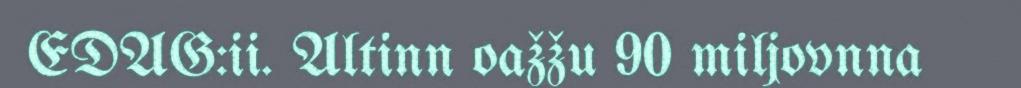
EDAG:ii. Altinn oažžu 90 miljovnna